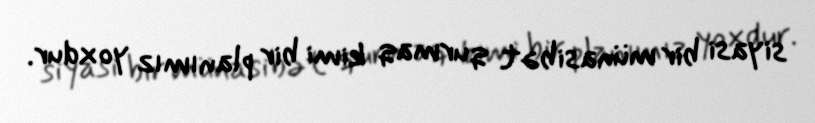
siyasi bir münasibət qurmaq kimi bir planımız yoxdur.